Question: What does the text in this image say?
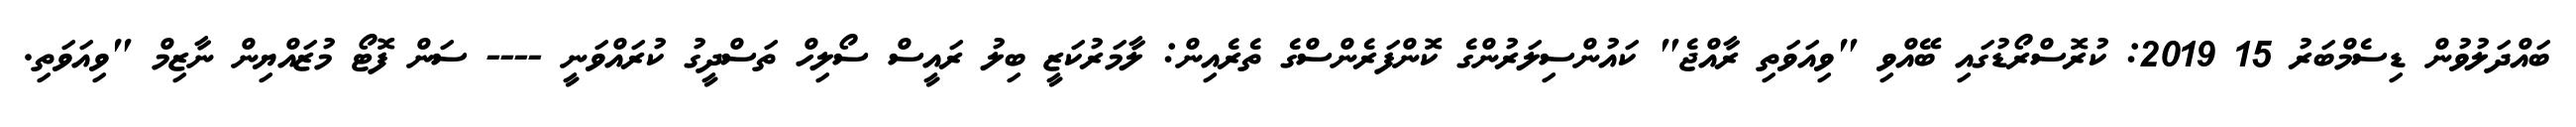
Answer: ބައްދަލުވުން ޑިސެމްބަރު 15 2019: ކުރޮސްރޯޑުގައި ބޭއްވި "ވިއަވަތި ރާއްޖެ" ކައުންސިލަރުންގެ ކޮންފަރެންސްގެ ތެރެއިން: ލާމަރުކަޒީ ބިލު ރައީސް ސޯލިހް ތަސްދީގު ކުރައްވަނީ ---- ސަން ފޮޓޯ މުޒައްޔިން ނާޒިމް "ވިއަވަތި.